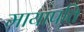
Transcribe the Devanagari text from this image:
मायापति